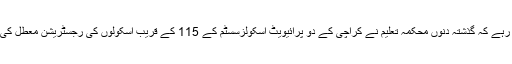
خیال رہے کہ گذشتہ دنوں محکمہ تعلیم نے کراچی کے دو پرائیویٹ اسکولزسسٹم کے 115 کے قریب اسکولوں کی رجسٹریشن معطل کی تھی۔